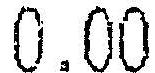
0.00